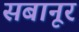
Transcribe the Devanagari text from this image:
सबानूर